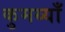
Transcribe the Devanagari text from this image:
कुमय्याँ